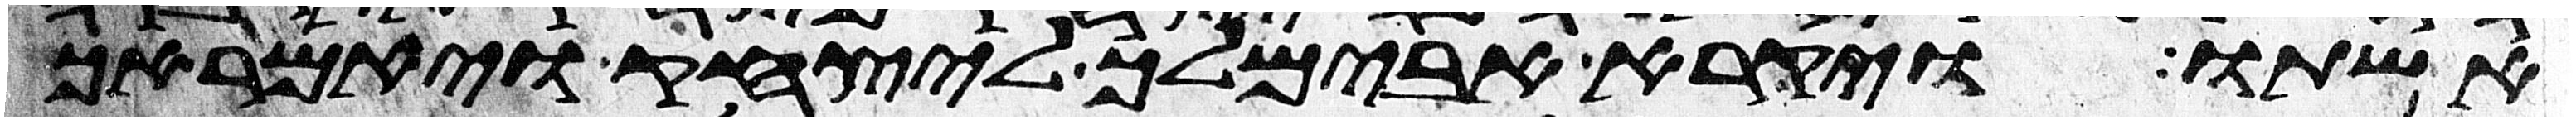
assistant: אשתו ויקרא אבימלך ליצחק ויאמר אך